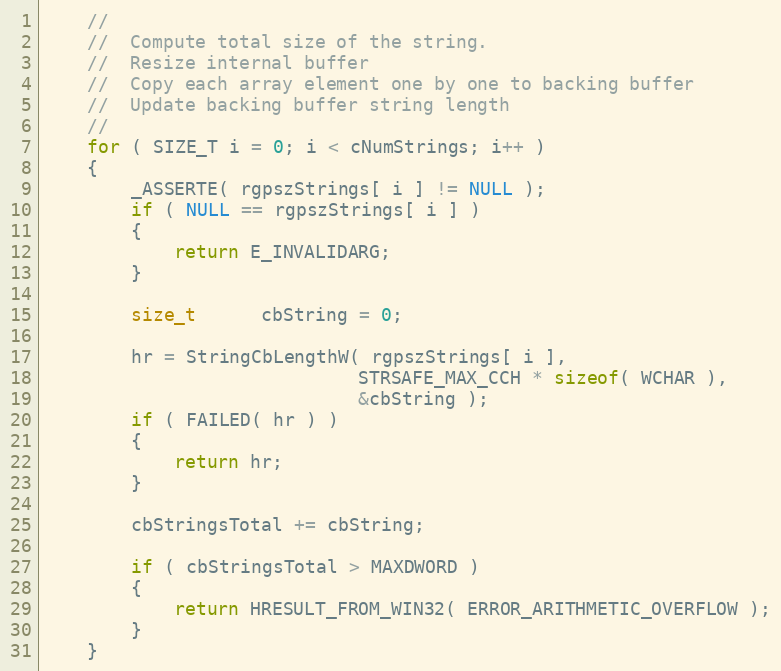
Language: C++
    //
    //  Compute total size of the string.
    //  Resize internal buffer
    //  Copy each array element one by one to backing buffer
    //  Update backing buffer string length
    //
    for ( SIZE_T i = 0; i < cNumStrings; i++ )
    {
        _ASSERTE( rgpszStrings[ i ] != NULL );
        if ( NULL == rgpszStrings[ i ] )
        {
            return E_INVALIDARG;
        }

        size_t      cbString = 0;

        hr = StringCbLengthW( rgpszStrings[ i ],
                             STRSAFE_MAX_CCH * sizeof( WCHAR ),
                             &cbString );
        if ( FAILED( hr ) )
        {
            return hr;
        }

        cbStringsTotal += cbString;

        if ( cbStringsTotal > MAXDWORD )
        {
            return HRESULT_FROM_WIN32( ERROR_ARITHMETIC_OVERFLOW );
        }
    }